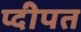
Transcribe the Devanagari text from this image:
प्दीपत